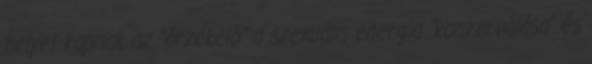
helyet kapnak az "érzékelő" a szexuális energia "konzerválása" és